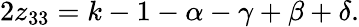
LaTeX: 2z_{33}=k-1-\alpha-\gamma+\beta+\delta.